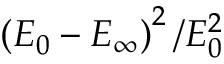
\left( E _ { 0 } - E _ { \infty } \right) ^ { 2 } / E _ { 0 } ^ { 2 }